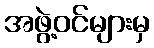
အဖွဲ့ဝင်များမှ